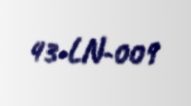
43-LN-009